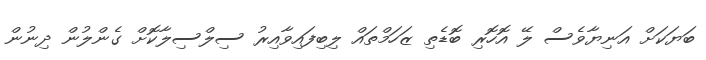
ބަޔަކަށް އަނިޔާވެސް ލޭ އޮހޮރި ބޮޑެތި ޒަހަމްތައް ލިބިފައިވާއިރު ސިލްސިލާކޮށް ގެންލުން ދިނުން